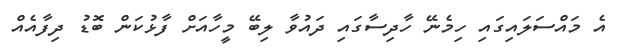
އެ މައްސަލައިގައި ހިމެނޭ ހާދިސާގައި ދައުވާ ލިބޭ މީހާއަށް ފާޅުކަން ބޮޑު ދިފާއެއް